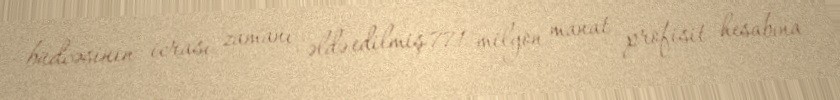
büdcəsinin icrası zamanı əldə edilmiş 771 milyon manat profisit hesabına